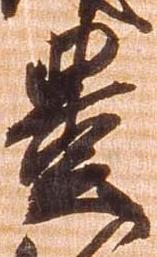
豊